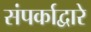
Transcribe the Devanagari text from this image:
संपर्काद्वारे